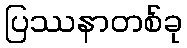
ပြဿနာတစ်ခု